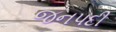
જનપદી